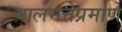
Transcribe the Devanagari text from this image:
मालमत्तेप्रमाणे